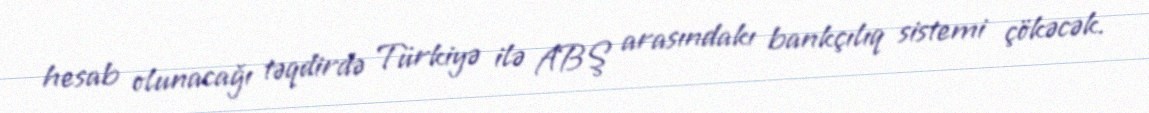
hesab olunacağı təqdirdə Türkiyə ilə ABŞ arasındakı bankçılıq sistemi çökəcək.